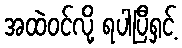
အထဲဝင်လို့ ရပါပြီရှင့်